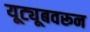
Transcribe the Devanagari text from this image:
यूट्यूबवरून